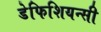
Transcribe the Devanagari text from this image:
डेफिशियन्सी